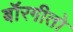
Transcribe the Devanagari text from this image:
बॉरगीतो